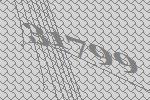
31799